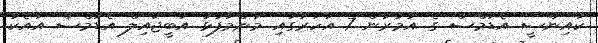
ކުއިންސީ އެޑަމްސް ގެ އުމުރުން 7 އަހަރުގައި މަންމާފުޅު އަބީޖައިލް އެޑަމްސް އާއެކު